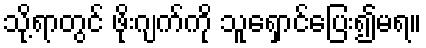
သို့ရာတွင် ဖိုးဂျက်ကို သူရှောင်ပြေး၍မရ။